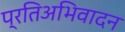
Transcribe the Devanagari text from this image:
प्रतिअभिवादन